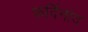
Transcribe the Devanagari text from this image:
फर्दिनांद